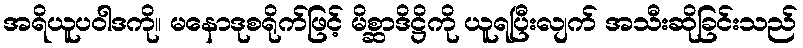
အရိယူပဝါဒကို။ မနောဒုစရိုက်ဖြင့် မိစ္ဆာဒိဋ္ဌိကို ယူရပြီးလျက် အသီးဆိုခြင်းသည်